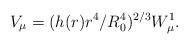
\begin{align*}V_{\mu} = (h(r)r^4/R_0^4)^{2/3}W^1_{\mu}.\end{align*}